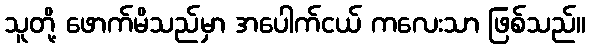
သူတို့ ဖောက်မိသည်မှာ အပေါက်ငယ် ကလေးသာ ဖြစ်သည်။